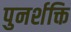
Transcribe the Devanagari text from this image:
पुनर्शक्ति